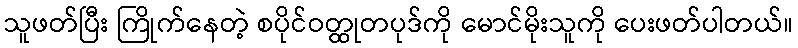
သူဖတ်ပြီး ကြိုက်နေတဲ့ စပိုင်ဝတ္ထုတပုဒ်ကို မောင်မိုးသူကို ပေးဖတ်ပါတယ်။